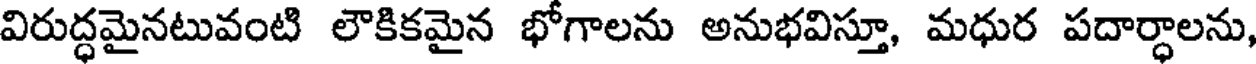
విరుద్ధమైనటువంటి లౌకికమైన భోగాలను అనుభవిస్తూ, మధుర పదార్ధాలను,